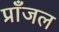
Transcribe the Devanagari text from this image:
प्राँजल